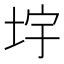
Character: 㘾